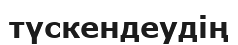
түскендеудің